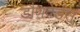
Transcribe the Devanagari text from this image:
डौणवेर्डस्